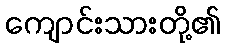
ကျောင်းသားတို့၏